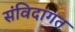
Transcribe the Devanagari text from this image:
संविदागत